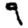
Digit: 9